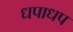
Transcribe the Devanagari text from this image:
धपाधप